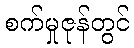
စက်မှုဇုန်တွင်